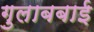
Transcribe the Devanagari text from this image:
गुलाबबाई